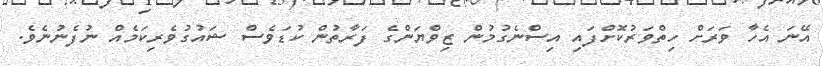
އޭނަ އެހާ ވަރަށް ހިތްވަރުކޮށްފައި އިސްނެގުމުން ޒިވްޔަންގެ ފަރާތުން ކުޑަވެސް ޝައުގުވެރިކަމެއް ނުފެނުނެވެ.